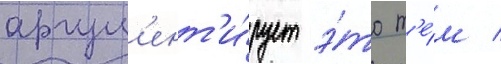
аргум'ент'и́рует э́то т'е́м /